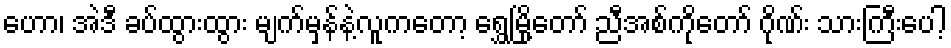
ဟော၊ အဲဒီ ခပ်ထွားထွား မျက်မှန်နဲ့လူကတော့ ရွှေမြို့တော် ညီအစ်ကိုတော် ဂိုဏ်း သားကြီးပေါ့